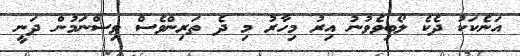
އަނެކަކު ދެކެ ލޯބިވެވުނު އިރު މިހާރު މި ދެ ތަރިންވެސް ވިސްނަމުން ދަނީ